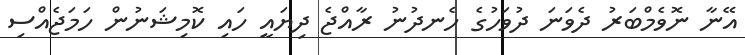
އޭނާ ނޮވެމްބަރު ދެވަނަ ދުވަހުގެ ހެނދުނު ރާއްޖެ ދިޔައީ ހައި ކޮމިޝަނުން ހަމަޖެއްސި